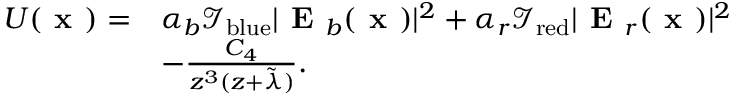
\begin{array} { r l } { U ( \textbf { x } ) = } & { \alpha _ { b } \mathcal { I } _ { \mathrm { b l u e } } | \textbf { E } _ { b } ( \textbf { x } ) | ^ { 2 } + \alpha _ { r } \mathcal { I } _ { \mathrm { r e d } } | \textbf { E } _ { r } ( \textbf { x } ) | ^ { 2 } } \\ & { - \frac { C _ { 4 } } { z ^ { 3 } ( z + \tilde { \lambda } ) } . } \end{array}